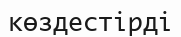
көздестірді